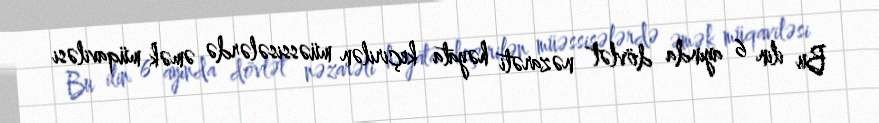
Bu ilin 6 ayında dövlət nəzarəti həyata keçirilən müəssisələrdə əmək müqaviləsi